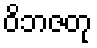
ဝိဘဇတု